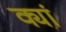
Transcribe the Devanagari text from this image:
क्यां